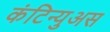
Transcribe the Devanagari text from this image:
कंटिन्युअस